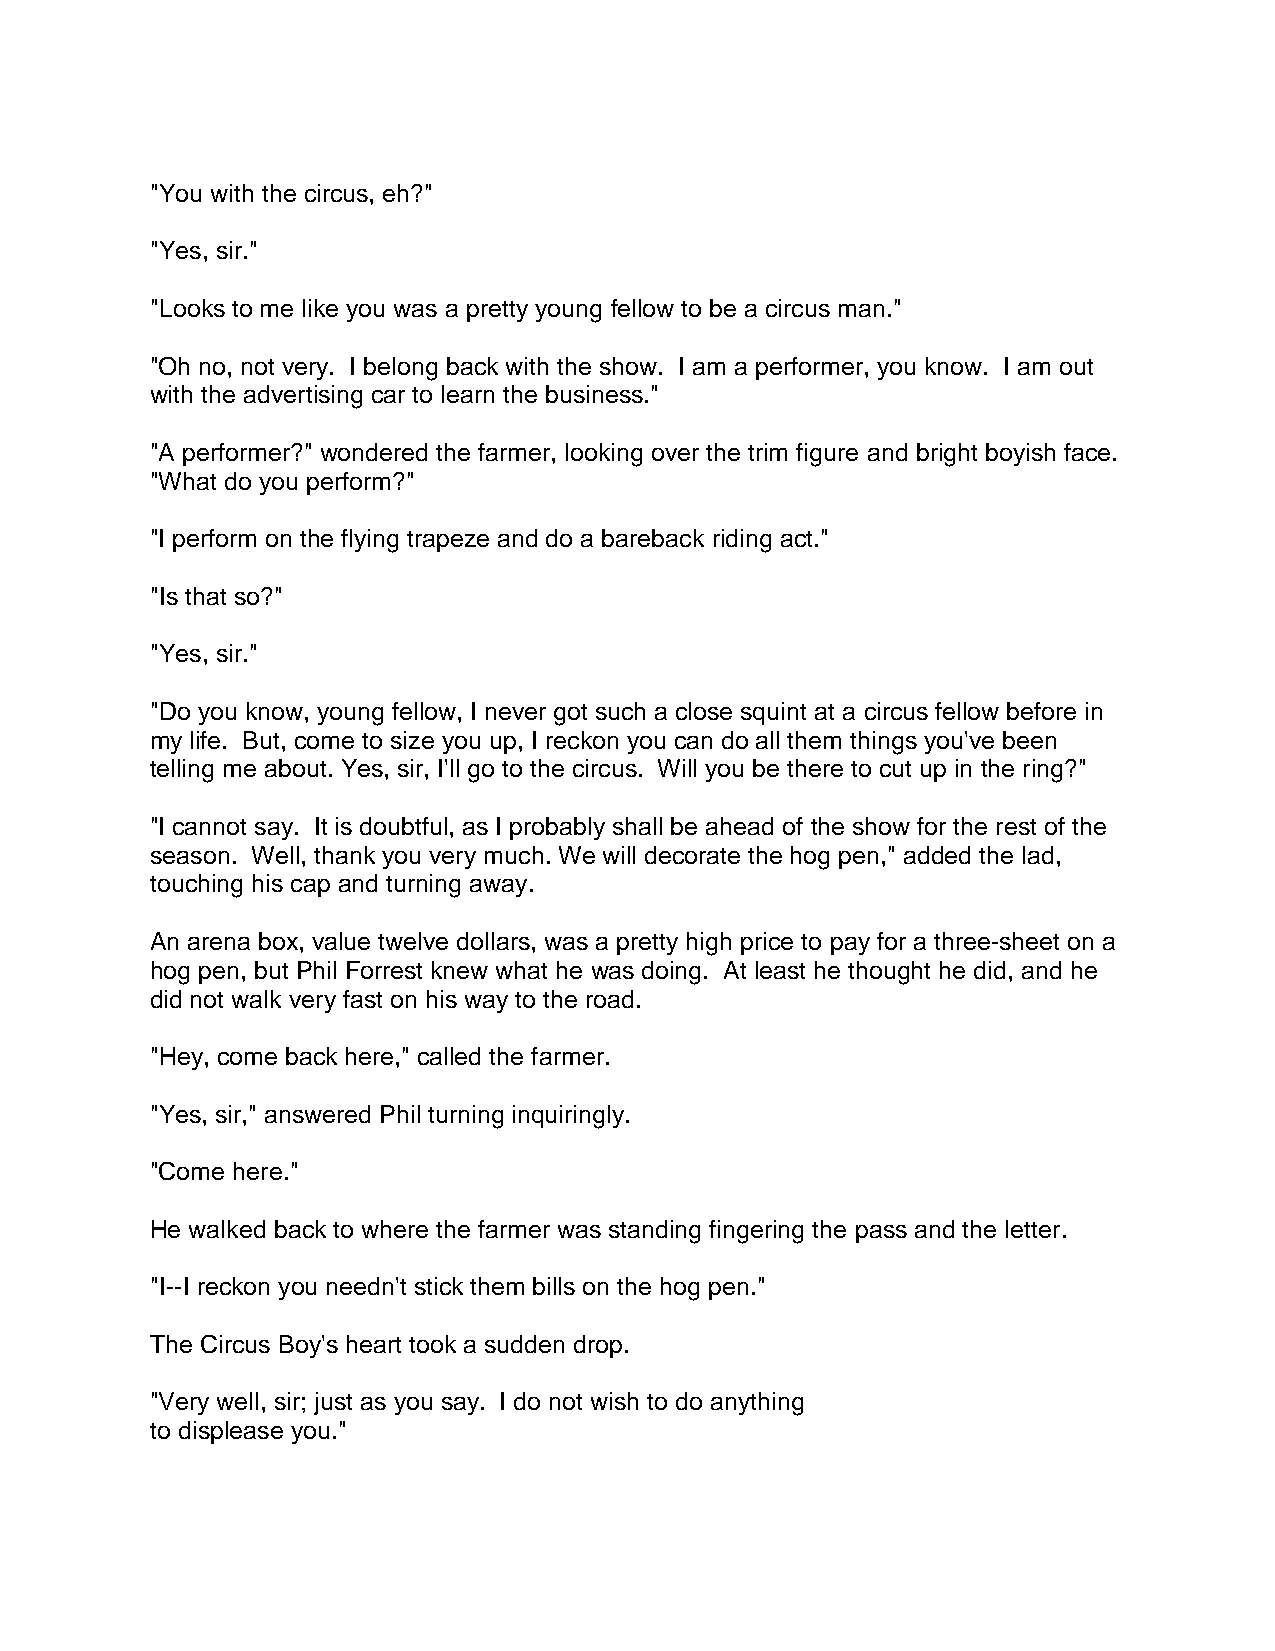
"You with the circus, eh?"
 "Yes, sir."
 "Looks to me like you was a pretty young fellow to be a circus man."
 "Oh no, not very. I belong back with the show. I am a performer, you know. I am out
 with the advertising car to learn the business."
 "A performer?" wondered the farmer, looking over the trim figure and bright boyish face.
 "What do you perform?"
 "I perform on the flying trapeze and do a bareback riding act."
 "Is that so?"
 "Yes, sir."
 "Do you know, young fellow, I never got such a close squint at a circus fellow before in
 my life. But, come to size you up, I reckon you can do all them things you've been
 telling me about. Yes, sir, I'll go to the circus. Will you be there to cut up in the ring?"
 "I cannot say. It is doubtful, as I probably shall be ahead of the show for the rest of the
 season. Well, thank you very much. We will decorate the hog pen," added the lad,
 touching his cap and turning away.
 An arena box, value twelve dollars, was a pretty high price to pay for a three-sheet on a
 hog pen, but Phil Forrest knew what he was doing. At least he thought he did, and he
 did not walk very fast on his way to the road.
 "Hey, come back here," called the farmer.
 "Yes, sir," answered Phil turning inquiringly.
 "Come here."
 He walked back to where the farmer was standing fingering the pass and the letter.
 "I--I reckon you needn't stick them bills on the hog pen."
 The Circus Boy's heart took a sudden drop.
 "Very well, sir; just as you say. I do not wish to do anything
 to displease you."